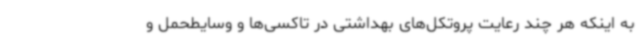
به اینکه هر چند رعایت پروتکل‌های بهداشتی در تاکسی‌ها و وسایطحمل و